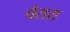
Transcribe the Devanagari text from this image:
पैसरा